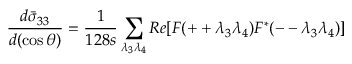
\frac { d \bar { \sigma } _ { 3 3 } } { d ( \cos \theta ) } = \frac { 1 } { 1 2 8 s } \sum _ { \lambda _ { 3 } \lambda _ { 4 } } R e [ F ( + + \lambda _ { 3 } \lambda _ { 4 } ) F ^ { * } ( -- \lambda _ { 3 } \lambda _ { 4 } ) ]